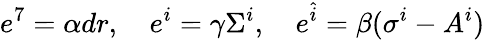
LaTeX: e^{7}=\alpha dr,\quad e^{i}=\gamma\Sigma^{i},\quad e^{\hat{i}}=\beta(\sigma^{i}-A^{i})